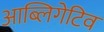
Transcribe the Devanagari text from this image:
आब्लिगेटिव